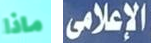
ماذا الإعلامي